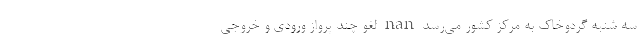
سه شنبه گردوخاک به مرکز کشور می‌رسد nan لغو چند پرواز ورودی و خروجی